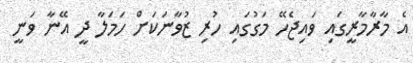
އެ މާރާމާރީގައި ވައިޖެހޭ މަގުގައި ހުރި ޒުވާނަކަށް ހަމަލާ ދީ އޭނާ ވަނީ